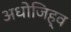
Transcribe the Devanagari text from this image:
अधोजिह्व